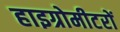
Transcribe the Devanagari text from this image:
हाइग्रोमीटरों